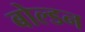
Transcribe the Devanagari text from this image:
बोल्डन